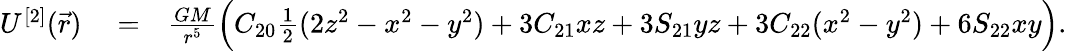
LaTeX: \begin{array}{rlr}{U^{[2]}(\vec{r})}&{{}=}&{\frac{GM}{r^{5}}\Big(C_{20}{\textstyle\frac{1}{2}}(2z^{2}-x^{2}-y^{2})+3C_{21}xz+3S_{21}yz+3C_{22}(x^{2}-y^{2})+6S_{22}xy\Big).}\end{array}